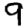
Digit: 9